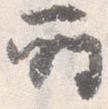
所